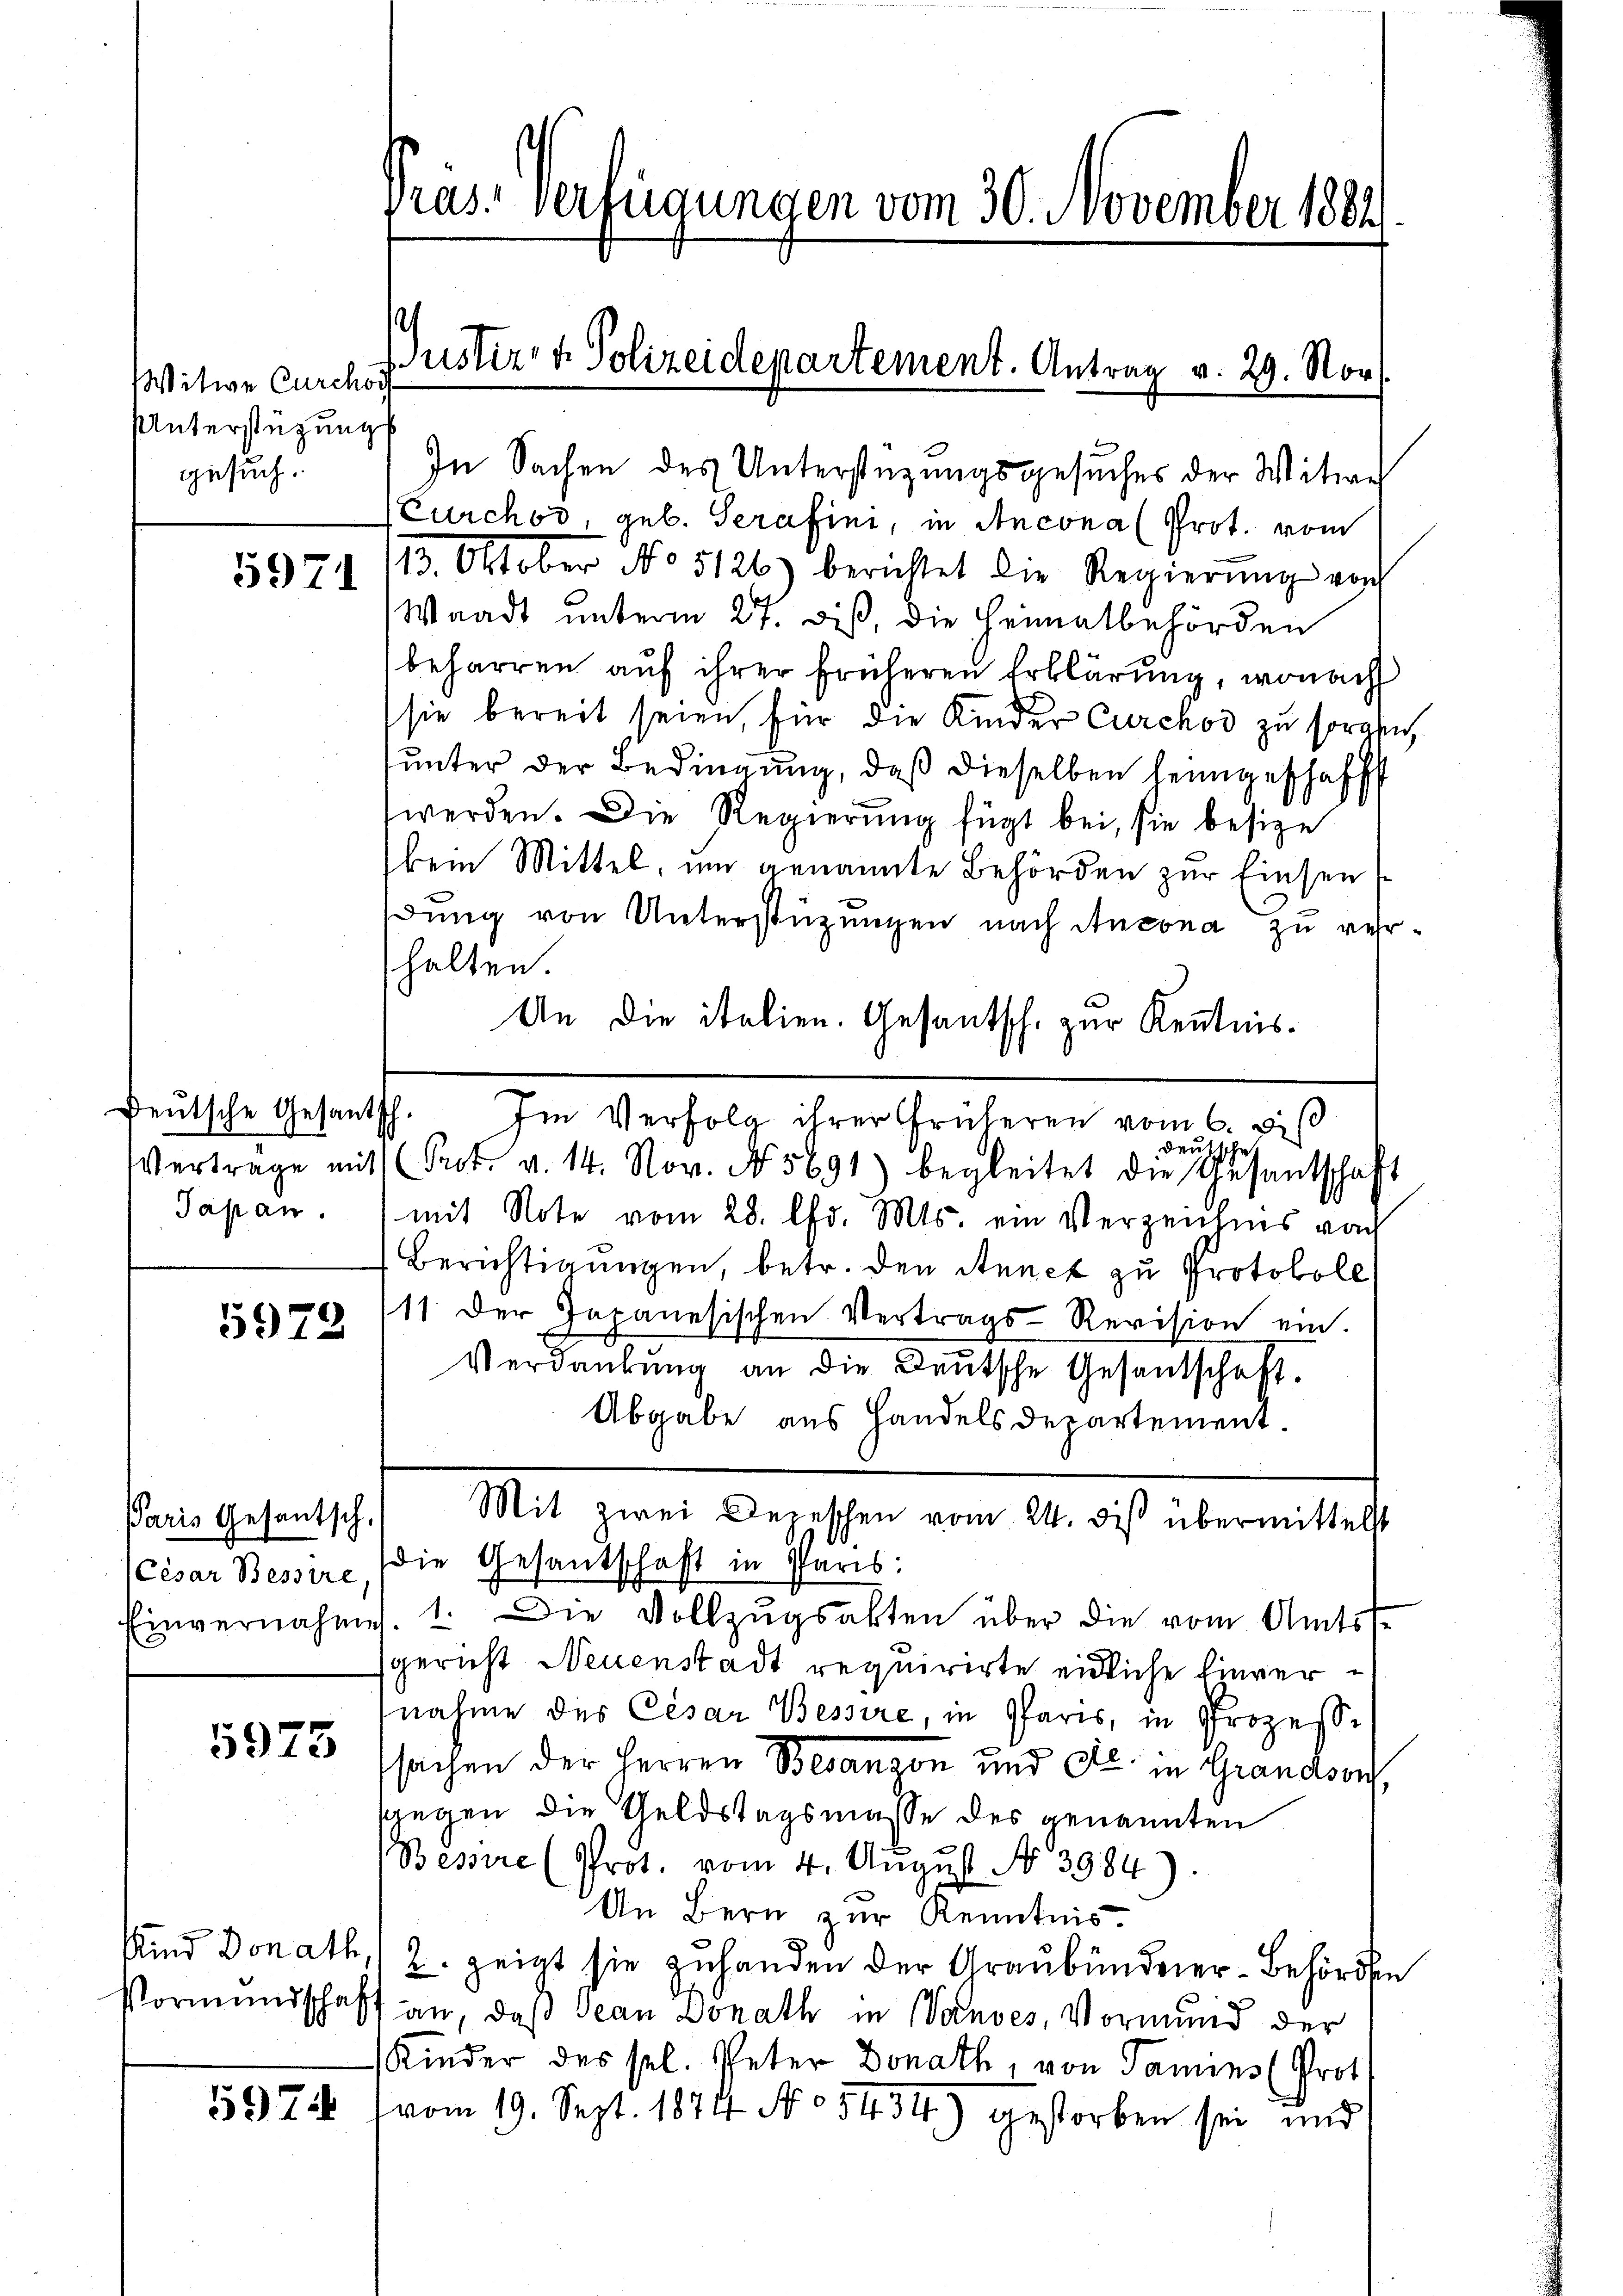
Witwe Curchor
Unterstützungs
gesuch.

5971

Deutsche Gesantsch.
Japan.

5979

Paris Gesantsch.

5973

Und Donath,
Vormundschaft

5974

Pras. verfügungen vom 30. November 1884.

In Sachen des Unterstüzungsgesuches der Witwe
Curchov, geb. Serafini, in Ancona (Prot. vom
13. Oktober No 5126) berichtet die Regierŭng von
Waadt unterm 27. diß, die Heimatbehörden
beharren auf ihrer früheren Erklärung, wonach
sie bereit seien, für die Kinder Curchod zu sprani
unter der Bedingung, daß dieselben heimgeschafft
werden. Die Regierung fügt bei, sie besize
bein Mittel, um genannte Behörden zur Einsent
ung von Unterstützungen nach Anzona zu verhalten.
An die italien. Gesantsch. zur Kenntnis.
Im Verfolg ihrer früheren vom 6. De
deutsche
Verträge mit Prot. v. 14. Nov. No. 5691) begleitet die Gesantschaft
mit Note vom 28. Chr. Mts. ein Verzeichnis von
Berichtigungen, betr. den Sanct zu Protokoll
11. Der Japanesischen Vertrags-Revision ein.
Verdankŭng an die Deutsche Gesandschaft.
Abgabe aus Handels departement
Mit zwei Depeschen vom 24. diß übermittelst
(Cesar Bessire die Gesantschaft in Paris;
Einvernahme 1. Die Vollzŭgsakten über die vom Amtss
sgericht Neuenstadt requirirte eidliche Einvernahme des Cesar Bessire, in Paris, in Prozesssachen der Herren Besanzen und Dr. in Grandsorf,
swegen die Geldstagsmasse des genannten
Bessere (Prot. vom 4. Aŭgŭst No. 3984).
An Bern zur Kenntnis.
2. zeigt sie zuhanden der Graubünderer-Behörden
an, daß Jean Donath in Wandes, Vormund der
Kinder des sel. Peter Donath, von Samins Prot
vom 19. Sept. 1874 No 5434) gestorben sei und

Justiz- & Polizeidepartement. Antrag v. 29. Nov.